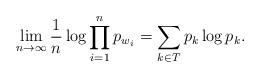
LaTeX: \begin{align*}\lim\limits_{n\to \infty}\frac{1}{n}\log \prod\limits_{i=1}^{n}p_{w_i}=\sum\limits_{k\in T} p_k \log p_k.\end{align*}